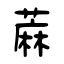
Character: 蔴